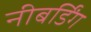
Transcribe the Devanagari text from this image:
नीबर्डिंग